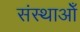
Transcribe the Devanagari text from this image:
संस्थाओँ